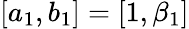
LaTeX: [a_{1},b_{1}]=[1,\beta_{1}]